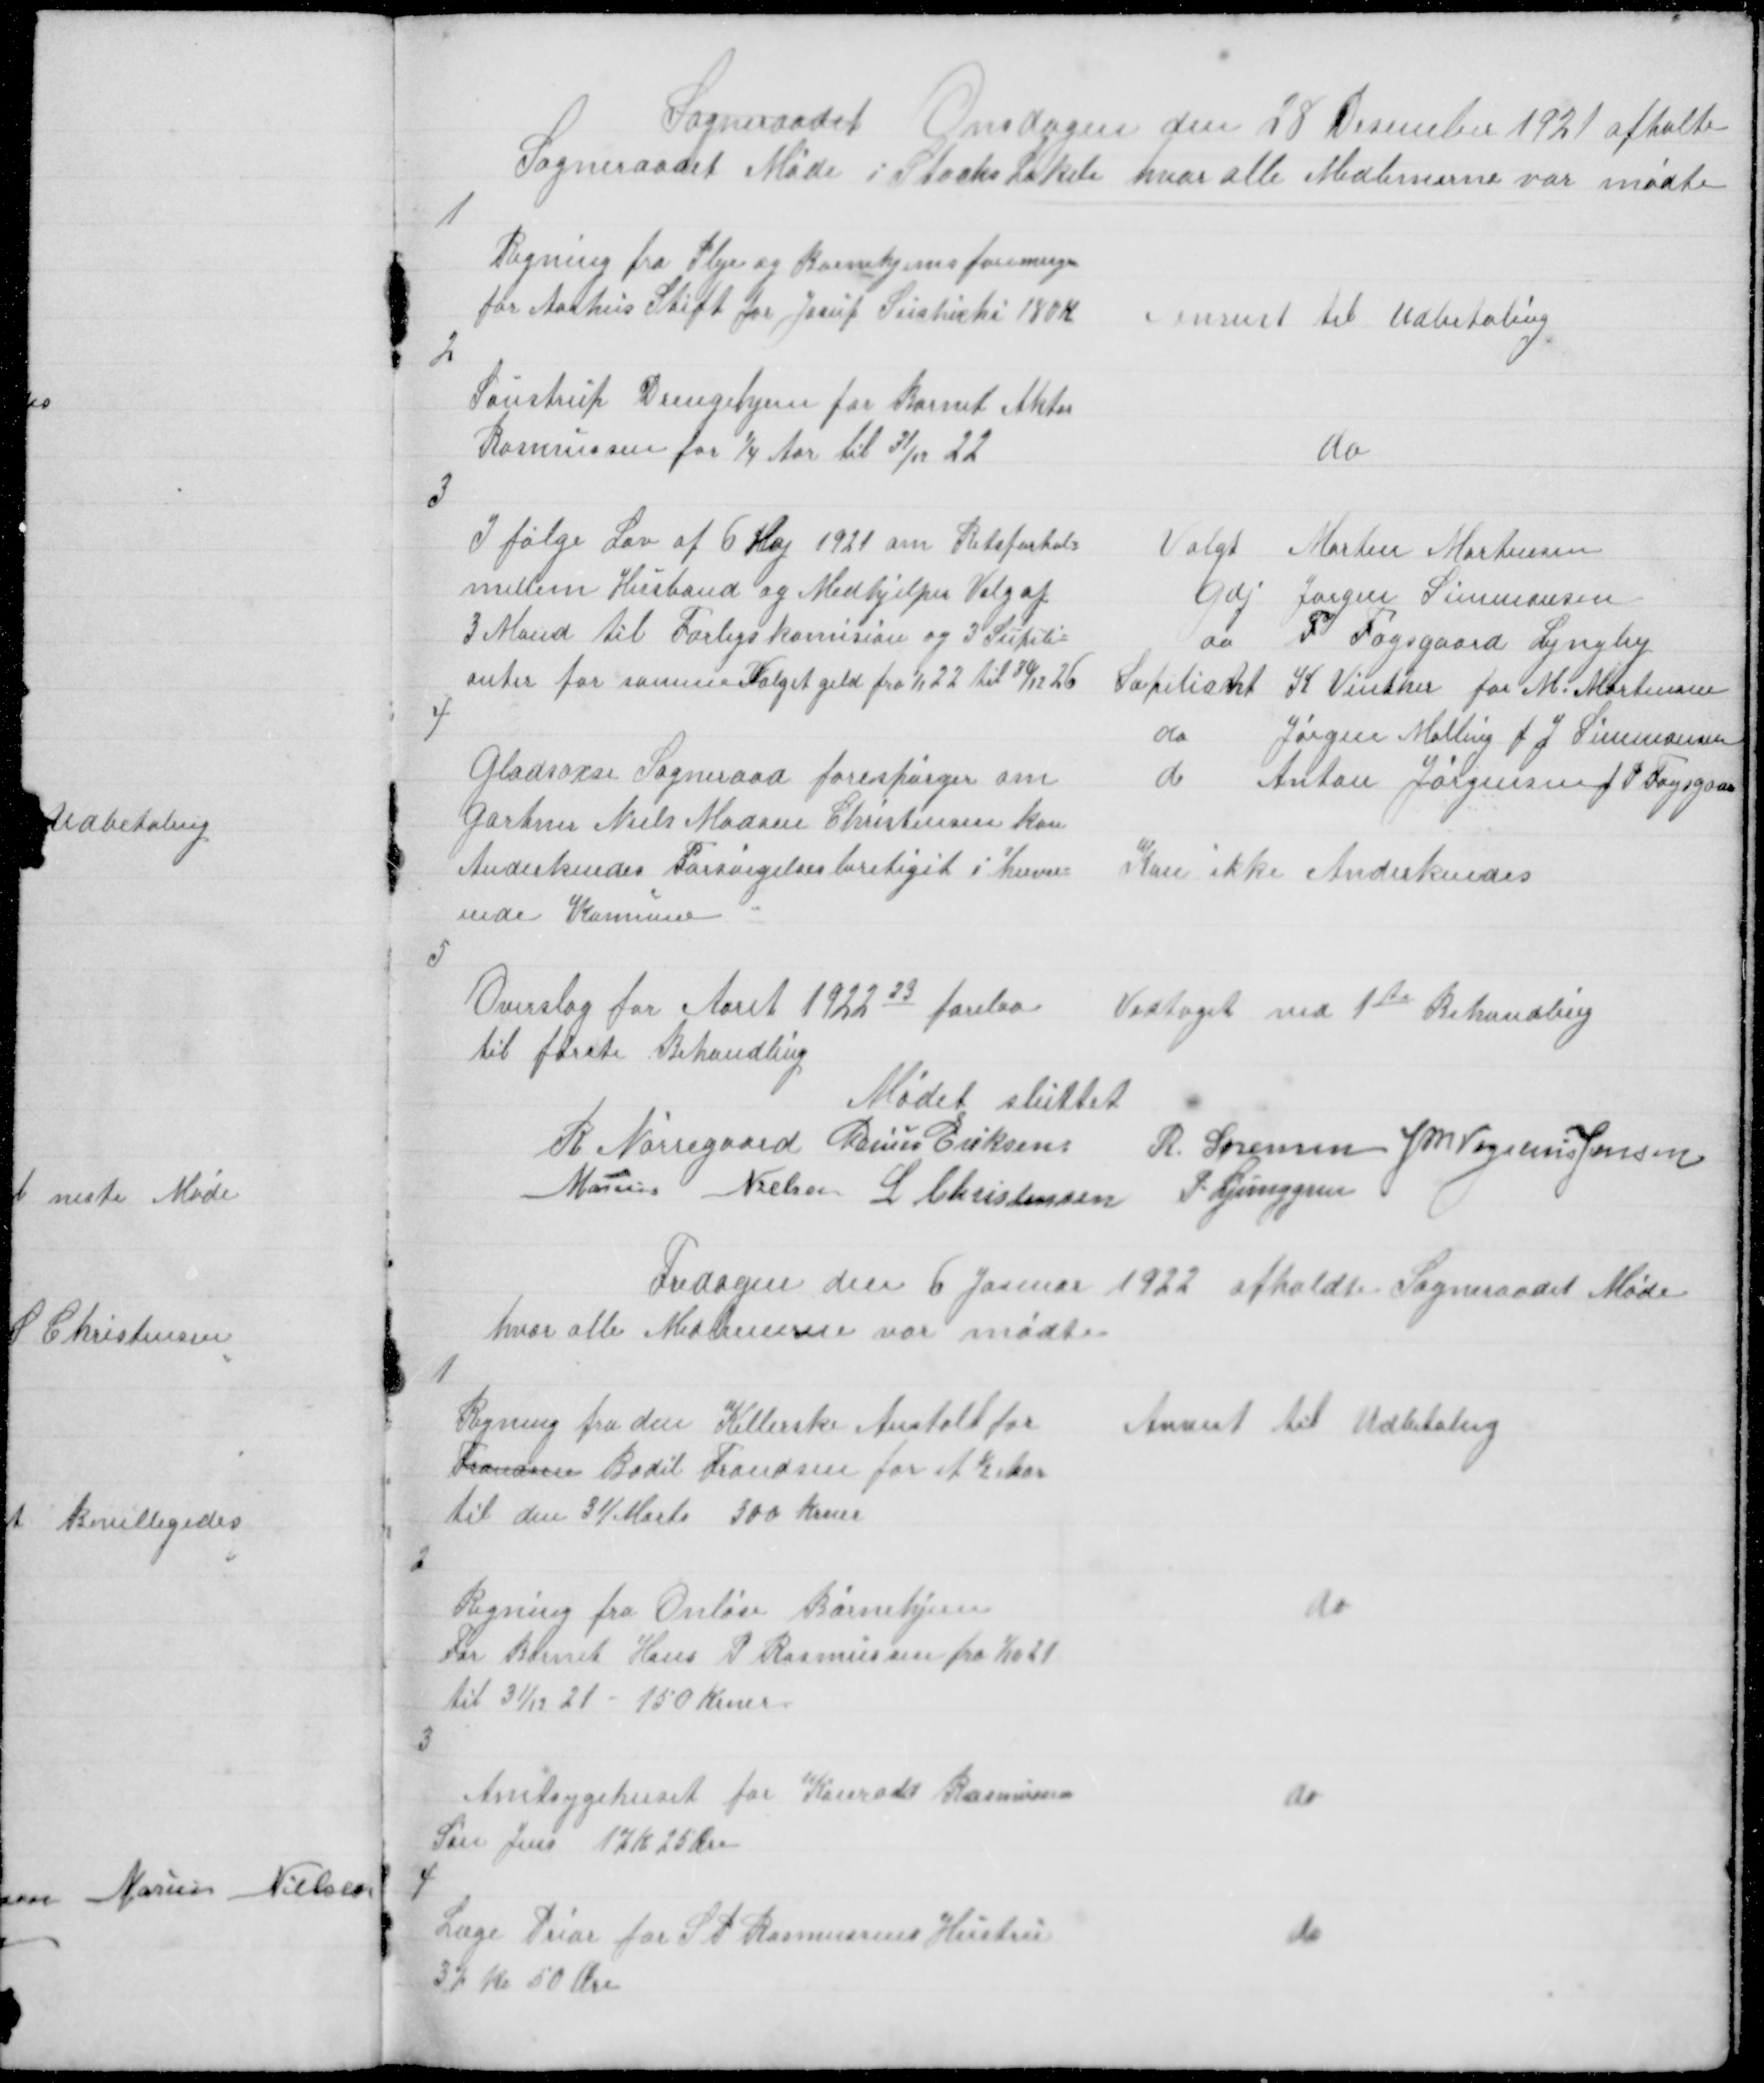
Transskription:
Sogneraadet Onsdagen den 28 Desember 1921 afholte
Sogneraadet Møde i Staaks Lokale hvor alle Medlemerne var mødte

1

Regning fra Pleje og Børnehjemsforeningen
for Aarhus Stift for Josuf Sushicki 180 K

anvist til Udbetaling

2

Saustrup Drengehjem for Barnet Aktor
Rasmussen for 1/4 Aar til 31/12 22

do

3

I følge lov af 6 Maj 1921 om Retsforhold
mellem Husbond og Medhjelper Valg af
3 Mand til Forligskomision og 3 Supli=
anter for samme Valget geld fra 1/1 22 til 30/12 26

Valgt Morten Mortensen
Gdj Jørgen Simmonsen
do P Fogsgaard Lyngby
Supliant K Vinther for M. Mortensen
do
Jørgen Malling f J Simmonsen
do
Anton Jørgensen for P Fogsgaar

4

Gladsaxe Sogneraad forespørger om
Gartner Niels Madsen Christensen kan
Anderkendes Forsørgelsesberetiget i herver=
ende Kommue

Kan ikke Anderkendes

5

Overslag for Aaret 1922 23 forelaa
Vedtaget ved 1te Behandling
til første Behandling
Mødet sluttet
R Nørregaard Marius Eriksen
R Sørensen J M Vogelius Jensen
Marius Nielsen L Christensen P. Ljunggren

Fredagen den 6 Januar 1922 afholdt Sogneraadet Møde
hvor alle Medlemerne var mødte

1

Regning fra den Kellerske Anstalt for
Frandsen Bodil Frandsen for et ½ Aar
til den 31/Marts 300 Krner

Anvist til udbetaling

2

Regning fra Onløse Børnehjem
For Barnet Hans P Rasmussen fra 1/10 21
til 31/12 21 - 150 Krner

do

3

Amtsygehuset for Konradt Rasmussen
Søn Jens 17 K 25 Øre

do

4

Læge Prior for S P Rasmussens Hustru
37 Kr 50 Øre

do